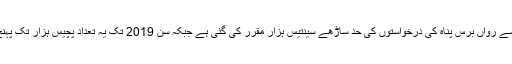
اس حساب سے رواں برس پناہ کی درخواستوں کی حد ساڑھے سينتيس ہزار مقرر کی گئی ہے جبکہ سن 2019 تک يہ تعداد پچيس ہزار تک پہنچ جائے گی۔